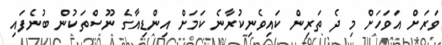
ވަރަށް އަވަހަށް މި ދެ ތަރިން ކައިވެނިކުރާނެ ކަމަށް އިންޑިއާގެ ނޫސްތަކުން ބުނެފައި